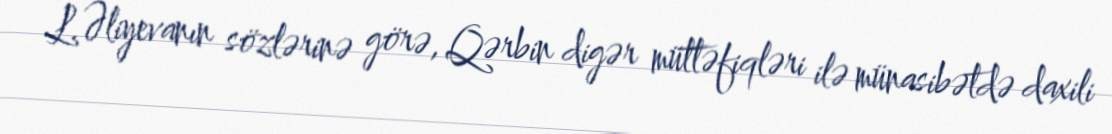
L.Əliyevanın sözlərinə görə, Qərbin digər müttəfiqləri ilə münasibətdə daxili